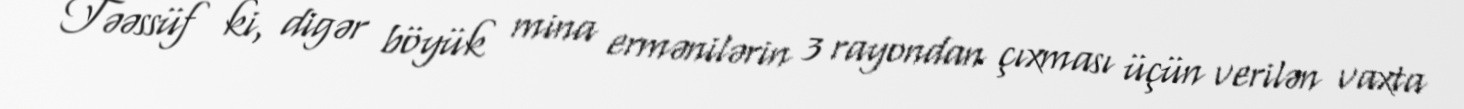
Təəssüf ki, digər böyük mina ermənilərin 3 rayondan çıxması üçün verilən vaxta